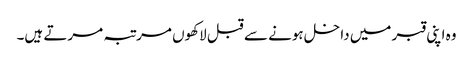
وہ اپنی قبر میں داخل ہونے سے قبل لاکھوں مرتبہ مرتے ہیں۔